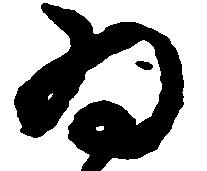
為